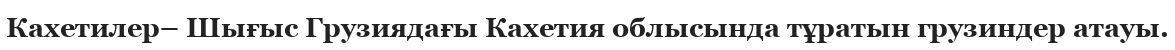
Кахетилер– Шығыс Грузиядағы Кахетия облысында тұратын грузиндер атауы.